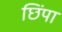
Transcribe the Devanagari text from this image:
छिंपा